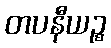
တပနီယဉ္စ